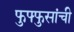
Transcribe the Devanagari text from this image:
फुफ्फुसांची